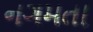
નગમતા